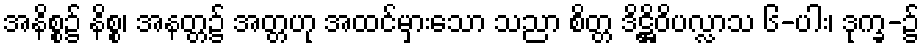
အနိစ္စ၌ နိစ္စ၊ အနတ္တ၌ အတ္တဟု အထင်မှားသော သညာ စိတ္တ ဒိဋ္ဌိဝိပလ္လာသ ၆-ပါး၊ ဒုက္ခ-၌